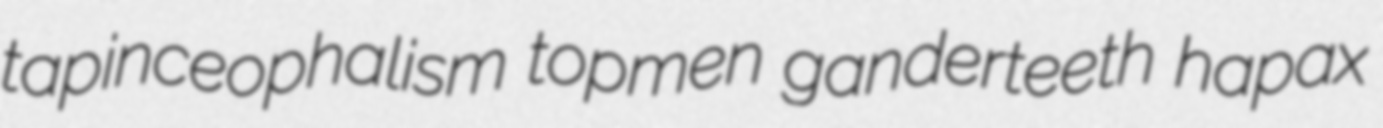
tapinceophalism topmen ganderteeth hapax